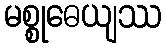
မစ္စုဓေယျဿ